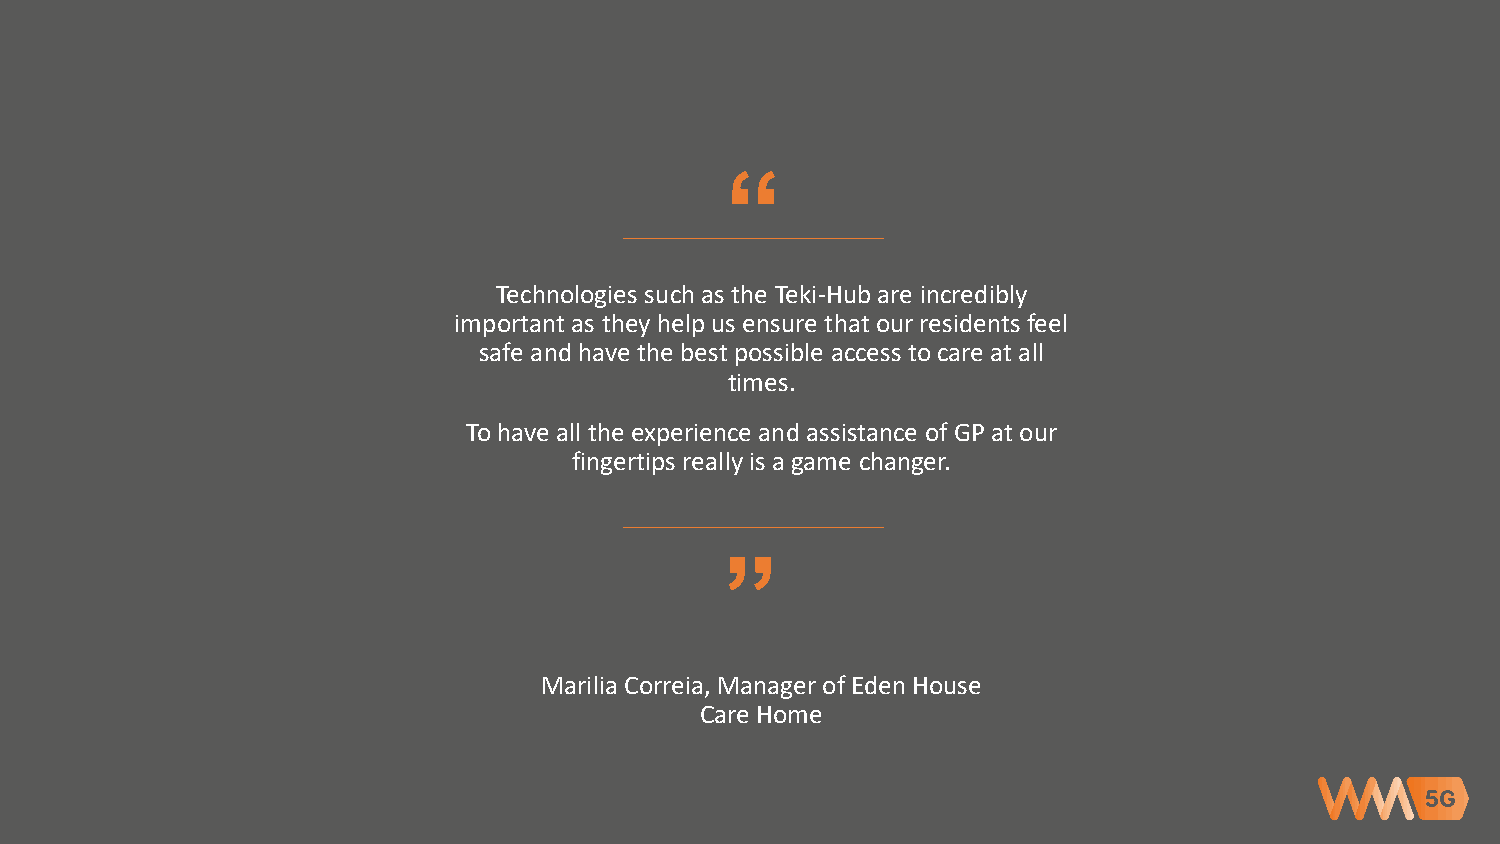
“
 Technologies such as the Teki-Hub are incredibly
 important as they help us ensure that our residents feel
 safe and have the best possible access to care at all
 times.
 To have all the experience and assistance of GP at our
 fingertips really is a game changer.
 “
 Marilia Correia, Manager of Eden House
 Care Home